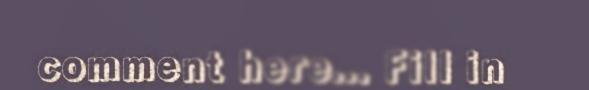
comment here... Fill in